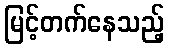
မြင့်တက်နေသည့်